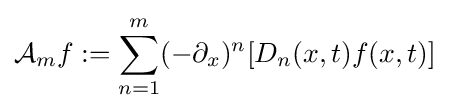
{\mathcal {A}}_{m}f:=\sum _{n=1}^{m}(-\partial _{x})^{n}[D_{n}(x,t)f(x,t)]